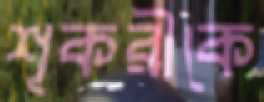
শূকরীকে